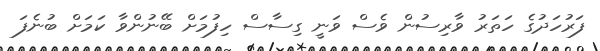
ފަރުހަދުގެ ހަތަރު ވާރިސުން ވެސް ވަނީ ގިސާސް ހިފުމަށް ބޭނުންވާ ކަމަށް ބުނެފަ